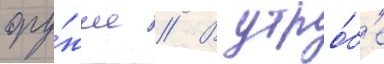
ору́жие // В утро́б'е